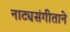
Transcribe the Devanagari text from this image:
नाट्यसंगीताने